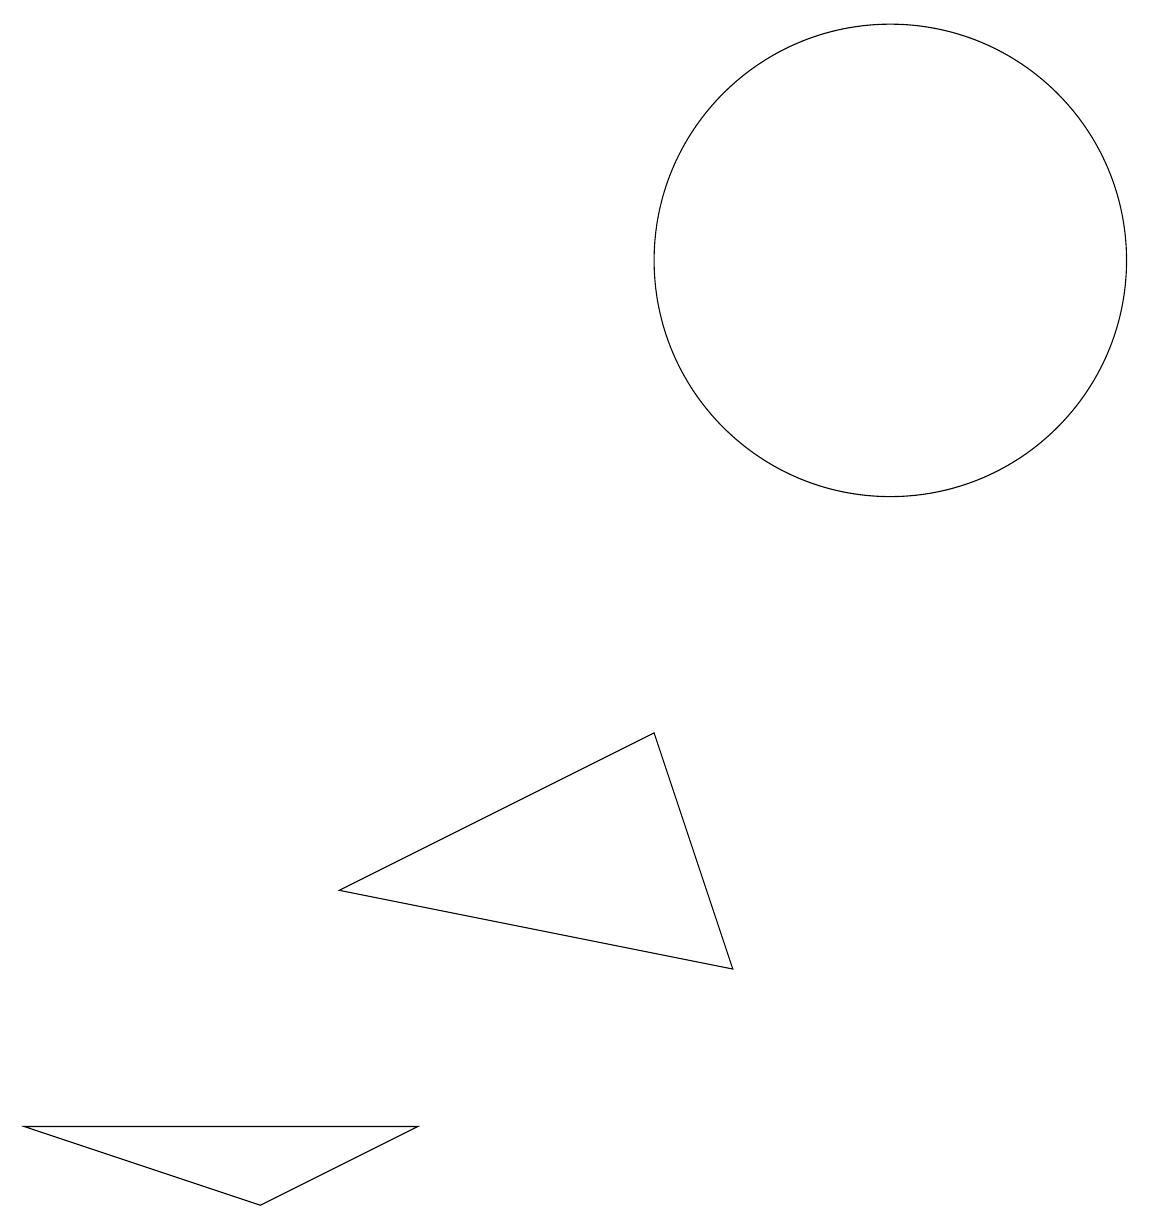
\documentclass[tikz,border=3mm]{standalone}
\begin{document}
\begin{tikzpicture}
\draw (11,12) circle (3);
\draw (9,3) -- (8,6) -- (4,4) -- cycle;
\draw (10,10) circle (0);
\draw (3,0) -- (5,1) -- (0,1) -- cycle;
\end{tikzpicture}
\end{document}